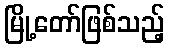
မြို့တော်ဖြစ်သည့်